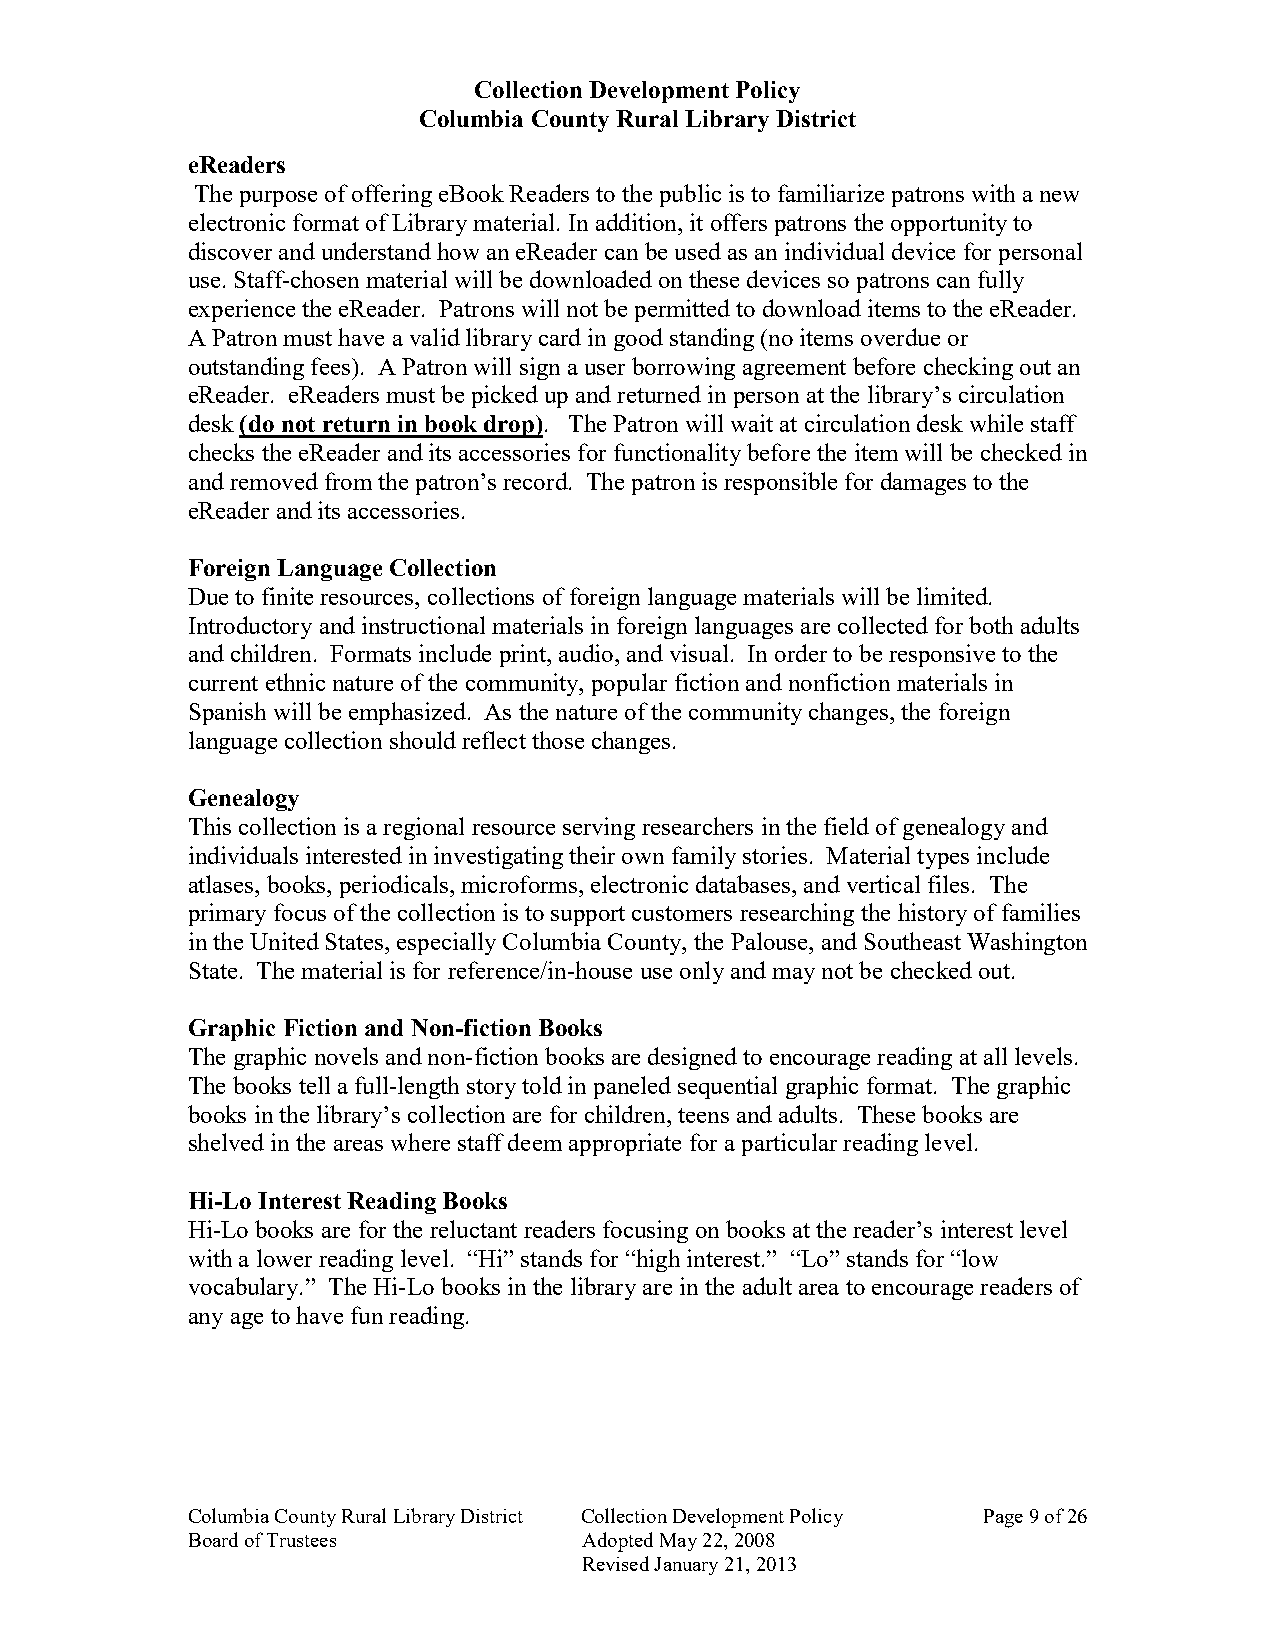
Collection Development Policy
 Columbia County Rural Library District
 eReaders
 The purpose of offering eBook Readers to the public is to familiarize patrons with a new
 electronic format of Library material. In addition, it offers patrons the opportunity to
 discover and understand how an eReader can be used as an individual device for personal
 use. Staff-chosen material will be downloaded on these devices so patrons can fully
 experience the eReader. Patrons will not be permitted to download items to the eReader.
 A Patron must have a valid library card in good standing (no items overdue or
 outstanding fees). A Patron will sign a user borrowing agreement before checking out an
 eReader. eReaders must be picked up and returned in person at the library’s circulation
 desk (do not return in book drop). The Patron will wait at circulation desk while staff
 checks the eReader and its accessories for functionality before the item will be checked in
 and removed from the patron’s record. The patron is responsible for damages to the
 eReader and its accessories.
 Foreign Language Collection
 Due to finite resources, collections of foreign language materials will be limited.
 Introductory and instructional materials in foreign languages are collected for both adults
 and children. Formats include print, audio, and visual. In order to be responsive to the
 current ethnic nature of the community, popular fiction and nonfiction materials in
 Spanish will be emphasized. As the nature of the community changes, the foreign
 language collection should reflect those changes.
 Genealogy
 This collection is a regional resource serving researchers in the field of genealogy and
 individuals interested in investigating their own family stories. Material types include
 atlases, books, periodicals, microforms, electronic databases, and vertical files. The
 primary focus of the collection is to support customers researching the history of families
 in the United States, especially Columbia County, the Palouse, and Southeast Washington
 State. The material is for reference/in-house use only and may not be checked out.
 Graphic Fiction and Non-fiction Books
 The graphic novels and non-fiction books are designed to encourage reading at all levels.
 The books tell a full-length story told in paneled sequential graphic format. The graphic
 books in the library’s collection are for children, teens and adults. These books are
 shelved in the areas where staff deem appropriate for a particular reading level.
 Hi-Lo Interest Reading Books
 Hi-Lo books are for the reluctant readers focusing on books at the reader’s interest level
 with a lower reading level. “Hi” stands for “high interest.” “Lo” stands for “low
 vocabulary.” The Hi-Lo books in the library are in the adult area to encourage readers of
 any age to have fun reading.
 Columbia County Rural Library District Collection Development Policy Page 9 of 26
 Board of Trustees          Adopted May 22, 2008
 Revised January 21, 2013